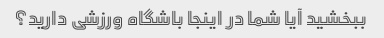
ببخشید آیا شما در اینجا باشگاه ورزشی دارید؟